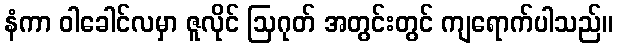
နံကာ ဝါခေါင်လမှာ ဇူလိုင် ဩဂုတ် အတွင်းတွင် ကျရောက်ပါသည်။